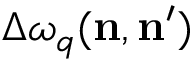
\Delta \omega _ { q } ( \mathbf { n } , \mathbf { n ^ { \prime } } )